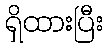
ရှိထားပြီး